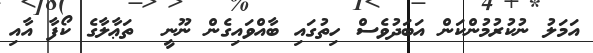
އަމަލު ނުކުރުމުންކަން އަބަދުވެސް ހިތުގައި ބާއްވައިގެން ނޫނީ  ތަޢާލާގެ ކޯފާ އާއި